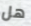
هل